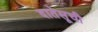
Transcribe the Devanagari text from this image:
दातेसूची